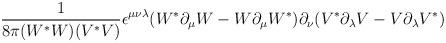
LaTeX: \begin{align*}\frac{1}{8\pi (W^*W) (V^*V)}\epsilon^{\mu\nu\lambda}(W^*\partial_\mu W-W\partial_\mu W^*)\partial_\nu(V^*\partial_\lambda V-V\partial_\lambda V^*)\end{align*}